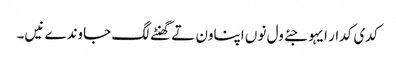
کدی کدار ایہو جئے ول نوں اپناون تے گھنٹے لگ جاوندے نیں۔